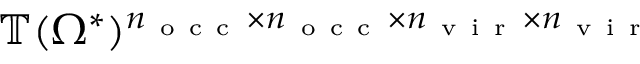
\mathbb { T } ( \Omega ^ { * } ) ^ { n _ { \mathrm { ~ o ~ c ~ c ~ } } \times n _ { \mathrm { ~ o ~ c ~ c ~ } } \times n _ { \mathrm { ~ v ~ i ~ r ~ } } \times n _ { \mathrm { ~ v ~ i ~ r ~ } } }